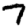
Digit: 7